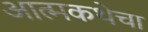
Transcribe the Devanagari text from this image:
आत्मकथेचा